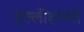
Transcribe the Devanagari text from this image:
हल्लीहल्ली